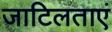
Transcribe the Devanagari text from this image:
जाटिलताएं